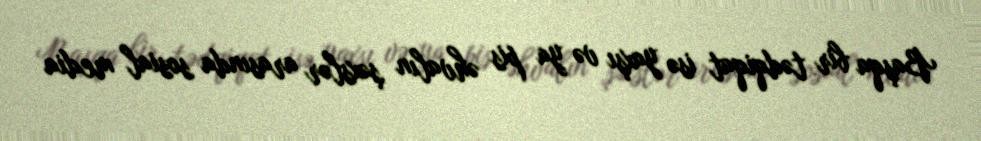
Başqa bir tədqiqat isə yaxşı və ya pis əhvalın şəxslər arasında sosial media